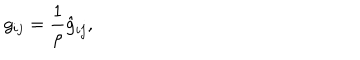
LaTeX: g _ { i j } = \frac 1 \rho \hat { g } _ { i j } ,